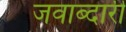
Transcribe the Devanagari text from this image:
जवाब्दारी